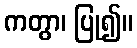
ကတွာ၊ ပြု၍။